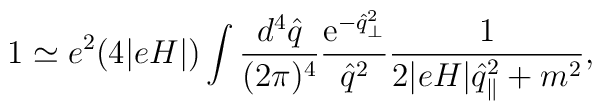
1 \simeq e^2 (4 |eH|) \int \frac{d^4\hat{q}}{(2 \pi)^4} \frac{{\rm e}^{- \hat{q}_\perp^2}}{\hat{q}^2} \frac{1}{2 |eH| \hat{q}_\parallel^2 + m^2},